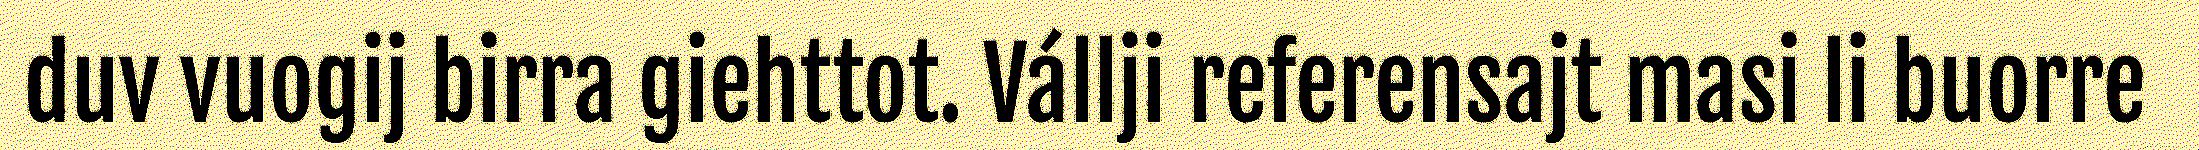
duv vuogij birra giehttot. Vállji referensajt masi li buorre